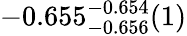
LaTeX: -0.655_{-0.656}^{-0.654}(1)